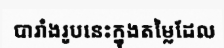
បារាំងរូបនេះក្នុងតម្លៃដែល